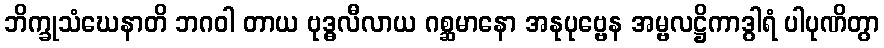
ဘိက္ခုသံဃေနာတိ ဘဂဝါ တာယ ဗုဒ္ဓလီလာယ ဂစ္ဆမာနော အနုပုဗ္ဗေန အမ္ဗလဋ္ဌိကာဒွါရံ ပါပုဏိတွာ